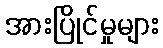
အားပြိုင်မှုများ